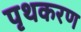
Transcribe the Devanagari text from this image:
पृथकरण